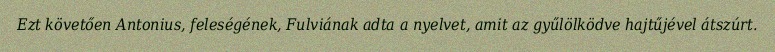
Ezt követően Antonius, feleségének, Fulviának adta a nyelvet, amit az gyűlölködve hajtűjével átszúrt.